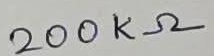
Text: 200KΩ